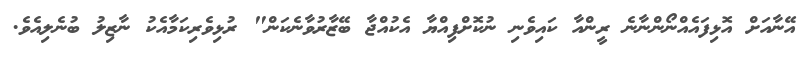
އޭނާއަށް އޮޅިފައެއްނޯންނާނެ ރީންއާ ކައިވެނި ނުކޮށްފިއްޔާ އެކުއްޖާ ބޭޒާރުވާނެކަން" ރުޅިވެރިކަމާއެކު ނާޒިލު ބުނެލިއެވެ.